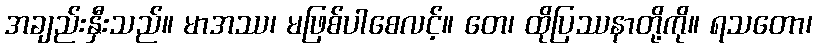
အချည်းနှီးသည်။ မာအဿ၊ မဖြစ်ပါစေလင့်။ တေ၊ ထိုပြဿနာတို့ကို။ ရသတော၊